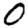
Digit: 0